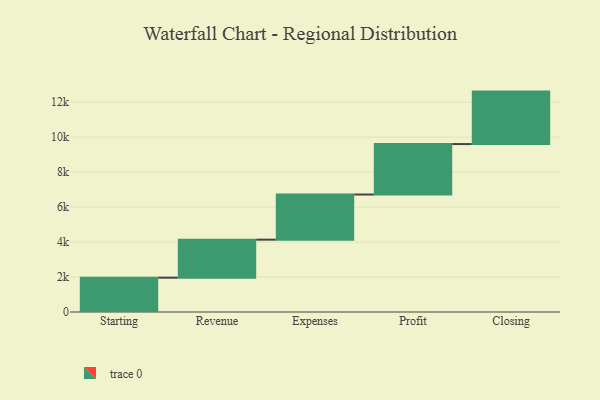
{"axis": {"x": "Step", "y": "Value"}, "legend": [""], "data": [{"x": "Starting", "y": 1963.0, "type": ""}, {"x": "Revenue", "y": 2174.0, "type": ""}, {"x": "Expenses", "y": 2582.0, "type": ""}, {"x": "Profit", "y": 2885.0, "type": ""}, {"x": "Closing", "y": 3000, "type": ""}]}